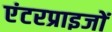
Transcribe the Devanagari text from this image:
एंटरप्राइजों